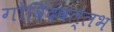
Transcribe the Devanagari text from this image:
गोविंदवल्लभ